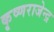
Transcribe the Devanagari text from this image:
कृष्णराजेन्द्र